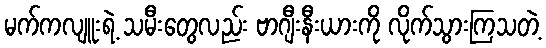
မက်ကလျူးရဲ့ သမီးတွေလည်း ဗာဂျီးနီးယားကို လိုက်သွားကြသတဲ့